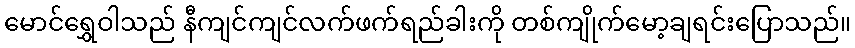
မောင်ရွှေဝါသည် နီကျင်ကျင်လက်ဖက်ရည်ခါးကို တစ်ကျိုက်မော့ချရင်းပြောသည်။